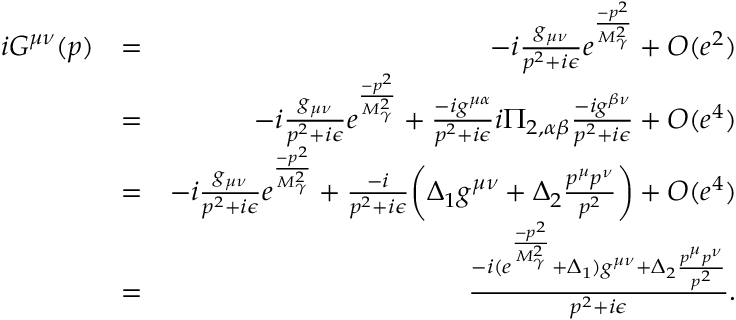
\begin{array} { r l r } { i G ^ { \mu \nu } ( p ) } & { = } & { - i \frac { g _ { \mu \nu } } { p ^ { 2 } + i \epsilon } e ^ { \frac { - p ^ { 2 } } { M _ { \gamma } ^ { 2 } } } + O ( e ^ { 2 } ) } \\ & { = } & { - i \frac { g _ { \mu \nu } } { p ^ { 2 } + i \epsilon } e ^ { \frac { - p ^ { 2 } } { M _ { \gamma } ^ { 2 } } } + \frac { - i g ^ { \mu \alpha } } { p ^ { 2 } + i \epsilon } i \Pi _ { 2 , \alpha \beta } \frac { - i g ^ { \beta \nu } } { p ^ { 2 } + i \epsilon } + O ( e ^ { 4 } ) } \\ & { = } & { - i \frac { g _ { \mu \nu } } { p ^ { 2 } + i \epsilon } e ^ { \frac { - p ^ { 2 } } { M _ { \gamma } ^ { 2 } } } + \frac { - i } { p ^ { 2 } + i \epsilon } \biggl ( \Delta _ { 1 } g ^ { \mu \nu } + \Delta _ { 2 } \frac { p ^ { \mu } p ^ { \nu } } { p ^ { 2 } } \biggr ) + O ( e ^ { 4 } ) } \\ & { = } & { \frac { - i ( e ^ { \frac { - p ^ { 2 } } { M _ { \gamma } ^ { 2 } } } + \Delta _ { 1 } ) g ^ { \mu \nu } + \Delta _ { 2 } \frac { p ^ { \mu } p ^ { \nu } } { p ^ { 2 } } } { p ^ { 2 } + i \epsilon } . } \end{array}